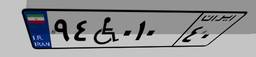
۹۴W۰۱۰۴۰